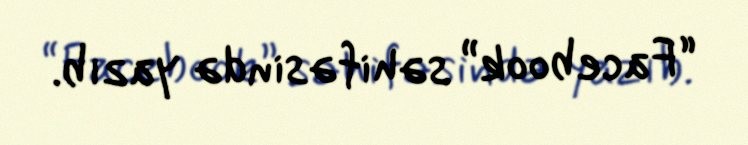
“Facebook” səhifəsində yazıb.